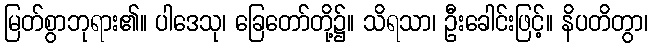
မြတ်စွာဘုရား၏။ ပါဒေသု၊ ခြေတော်တို့၌။ သိရသာ၊ ဦးခေါင်းဖြင့်။ နိပတိတွာ၊